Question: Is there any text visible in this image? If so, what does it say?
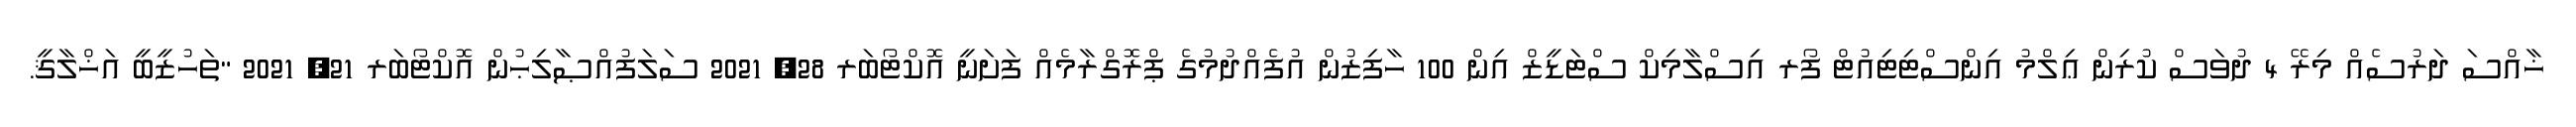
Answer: ޚާއްސަ ދަރުސެއް މިރޭ 4 ދުވަސް ކުރިން ޢިލްމު އިންސްޓިޓިއުޓް ފޯރ އިސްލާމިކް ސްޓަޑީޒް އިން 100 ހާފިޒުން އުފެއްދުމުގެ ޕްރޮގްރާމެއް ފަށަނީ އޮކްޓޯބަރ 28, 2021 ސަލަފުއްޞާލިޙުން އޮކްޓޯބަރ 21, 2021 "ތަހުޒީބީ އަޚްލާޤީ.